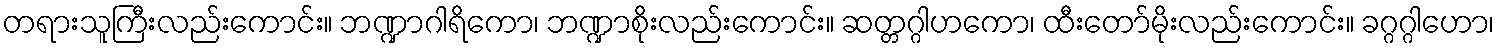
တရားသူကြီးလည်းကောင်း။ ဘဏ္ဍာဂါရိကော၊ ဘဏ္ဍာစိုးလည်းကောင်း။ ဆတ္တဂ္ဂါဟကော၊ ထီးတော်မိုးလည်းကောင်း။ ခဂ္ဂဂ္ဂါဟော၊